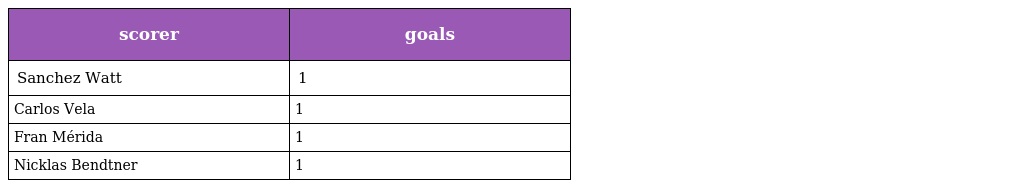
| scorer | goals |
 | --- | --- |
 | Sanchez Watt | 1 |
 | Carlos Vela | 1 |
 | Fran Mérida | 1 |
 | Nicklas Bendtner | 1 |